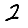
Digit: 2